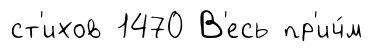
ст'ихов 1470 В'есь пр'ич́м